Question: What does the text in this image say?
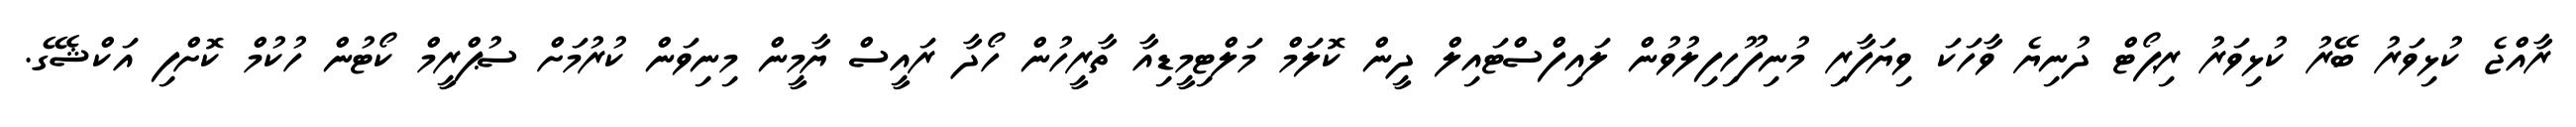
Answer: ރާއްޖެ ކުޅިވަރު ބޭރު ކުޅިވަރު ރިޕޯޓް ދުނިޔެ ވާހަކަ ވިޔަފާރި މުނިފޫހިފިލުވުން ލައިފްސްޓައިލް ދީން ކޮލަމް މަލްޓިމީޑިއާ ތާރީހުން ހޯދާ ރައީސް ޔާމީން މިނިވަން ކުރުމަށް ސުޕްރީމް ކޯޓުން ހުކުމް ކޮށްފި އަކްޝޭގެ.